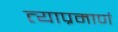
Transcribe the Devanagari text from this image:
त्याप्रमाणं